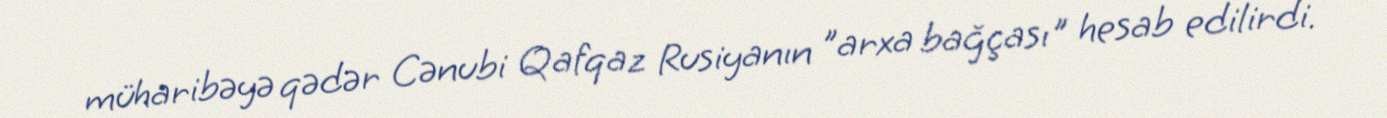
müharibəyə qədər Cənubi Qafqaz Rusiyanın ”arxa bağçası" hesab edilirdi.